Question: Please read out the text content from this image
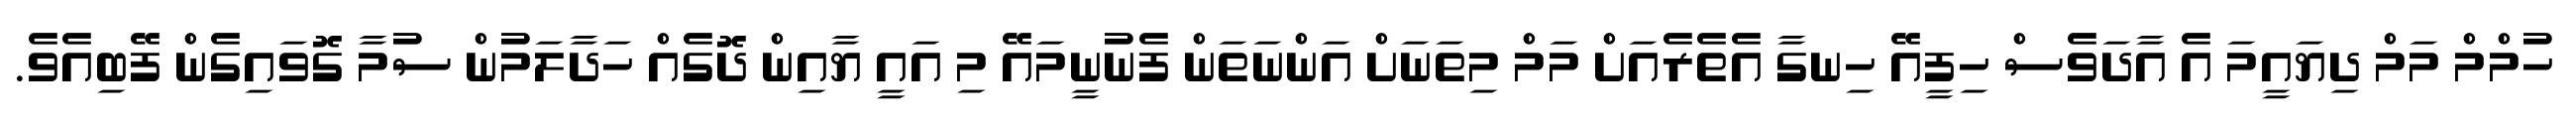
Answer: ހުމްމް މަމް ދިޔައީމަ އެ އާދަވެސް ހިފީއޭ ހިނގާ އެތެރެއަށް މަމް މިތަނަށް އަންނަތަން ފެނުނީމައޭ މި އައީ ޔާއިން ދޮގެއް ހަދާލަމުން ސުމާ ގޮވައިގެން ފޭބިއެވެ.